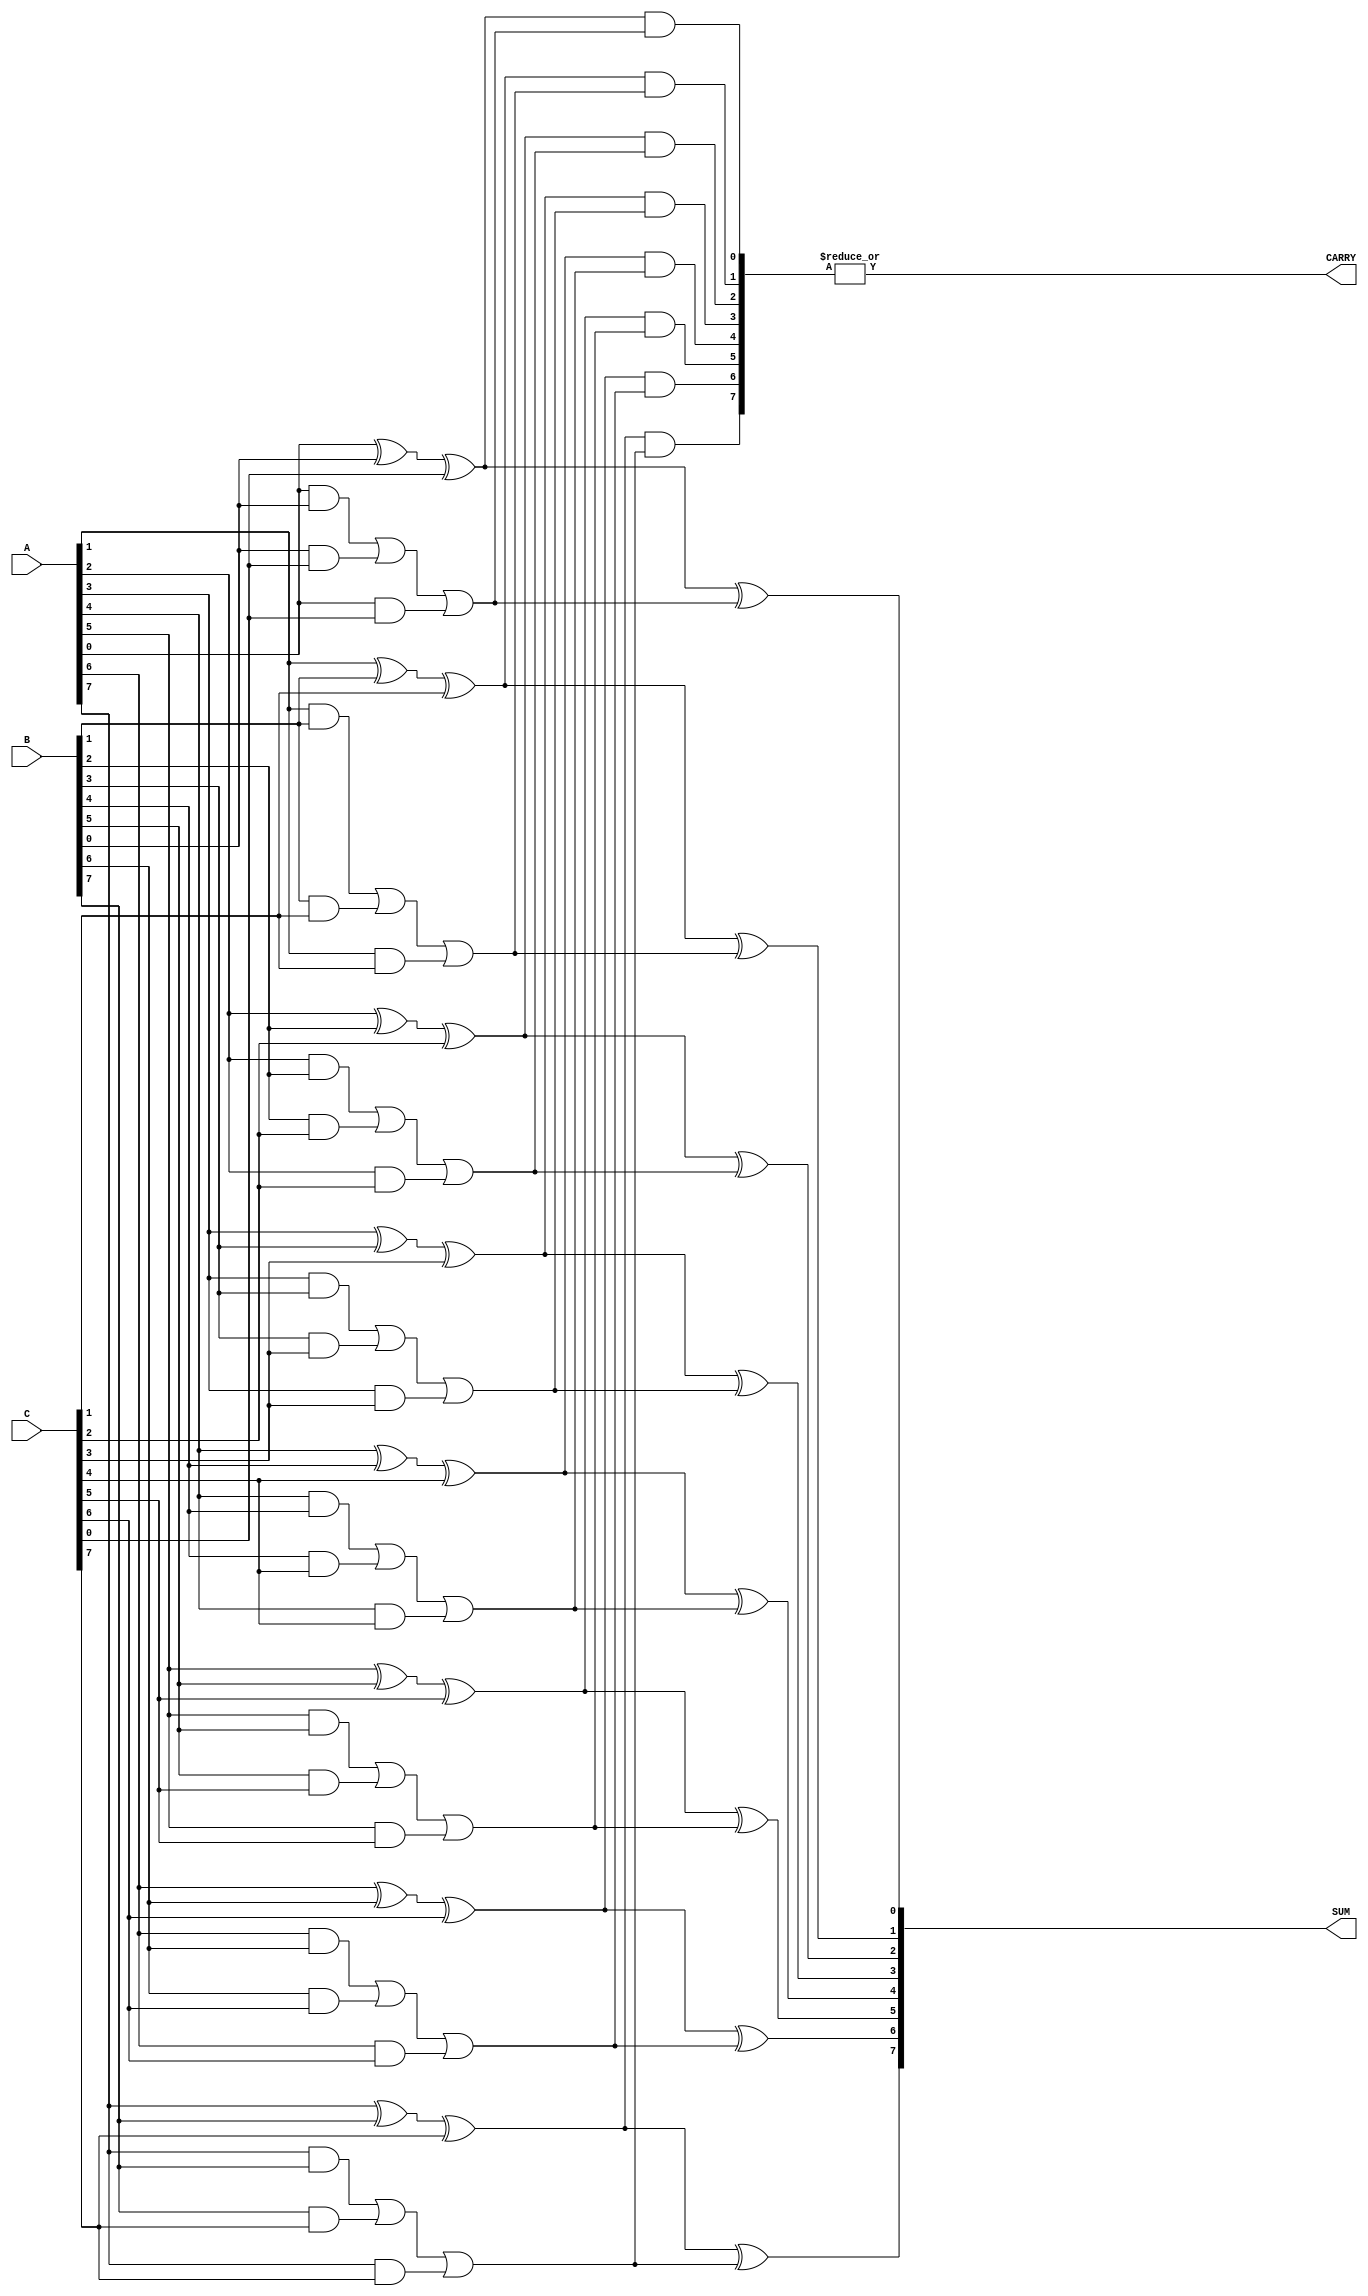
module carry_save_adder(
    input [N-1:0] A, // First input
    input [N-1:0] B, // Second input
    input [N-1:0] C, // Third input
    output [N-1:0] SUM, // Final sum output
    output CARRY // Final carry output
);
    parameter N = 8; // Bit width of the inputs

    // Intermediate signals for carry and sum
    wire [N-1:0] sum1, carry1;
    wire [N-1:0] sum2, carry2;

    // First level of carry save addition
    generate
        genvar i;
        for (i = 0; i < N; i = i + 1) begin: CSA_level1
            assign sum1[i] = A[i] ^ B[i] ^ C[i]; // Sum output
            assign carry1[i] = (A[i] & B[i]) | (B[i] & C[i]) | (A[i] & C[i]); // Carry output
        end
    endgenerate

    // Second level of carry save addition
    // Here we can assume we are adding the sum1 and carry1 with another set of inputs
    // For simplicity, we'll just add the carry1 to the sum1
    generate
        for (i = 0; i < N; i = i + 1) begin: CSA_level2
            assign sum2[i] = sum1[i] ^ carry1[i]; // Sum output
            assign carry2[i] = sum1[i] & carry1[i]; // Carry output
        end
    endgenerate

    // Final addition stage
    wire [N-1:0] final_sum;
    wire [N-1:0] final_carry;

    // Final carry and sum calculation
    assign SUM = sum2; // Final sum
    assign CARRY = |carry2; // Final carry can be a reduction of carry bits

endmodule